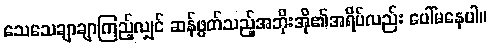
သေသေချာချာကြည့်လျှင် ဆန်ဖွတ်သည့်အဘိုးအို၏အရိပ်လည်း ပေါ်မနေပါ။